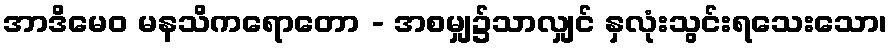
အာဒိမေဝ မနသိကရောတော - အစမျှ၌သာလျှင် နှလုံးသွင်းရသေးသော၊